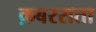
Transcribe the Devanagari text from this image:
क़बरसता